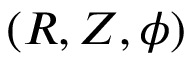
( R , Z , \phi )